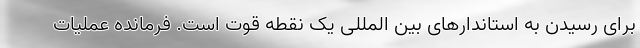
برای رسیدن به استاندارهای بین المللی یک نقطه قوت است. فرمانده عملیات